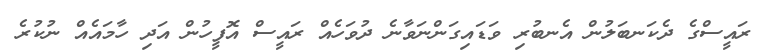
ރައީސްގެ ދެކަނބަލުން އެނބުރި ވަޑައިގަންނަވާނެ ދުވަހެއް ރައީސް އޮފީހުން އަދި ހާމައެއް ނުކުރެ